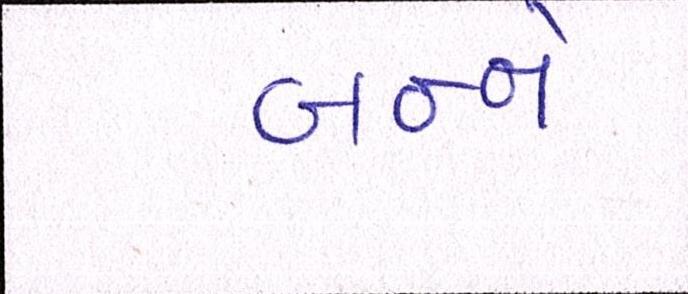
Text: બન્ને